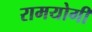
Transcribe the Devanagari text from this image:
रामयोगी